Vaccination in Bombay 1924-1928 - 1924-1928
Year: 1924
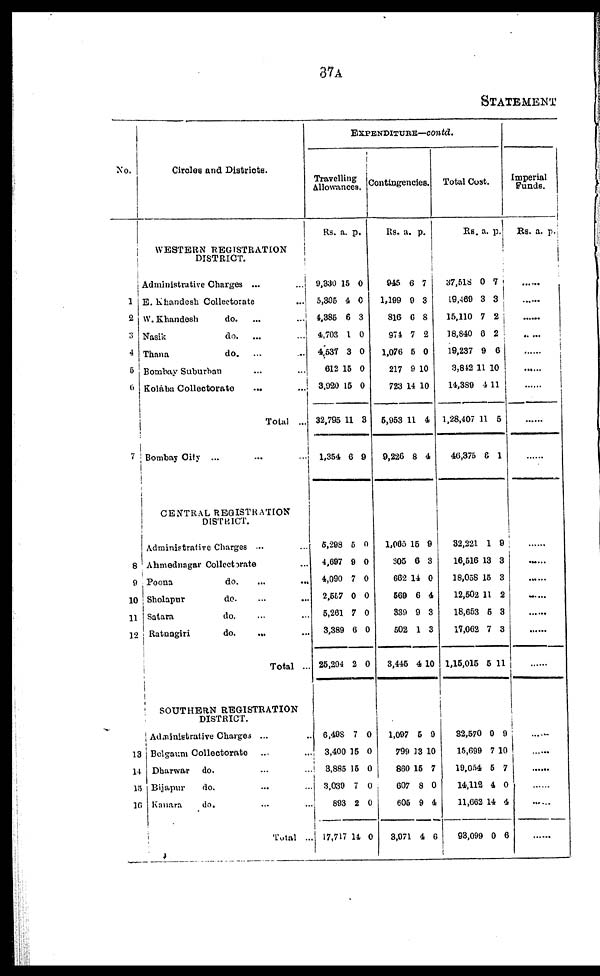
37A
STATEMENT
No.
1
2
3
4
5
7
8
9
10
11
12
13
14
15
16
Circles and Districts.
WESTERN REGISTRATION
DISTRICT.
Administrative Charges ... ...
E. Khandesh Collectorate ...
W.Khandesh
do. ... ...
Nasik
do. ... ...
Thana
do. ... ...
Bombay Suburban ... ...
Kolába Collectorate ... ...
Total ...
Bombay Cily
... ... ...
CENTRAL REGISTRATION
DISTRICT.
Administrative Charges ... ...
Ahmednagar Collectorate ...
Poona
do. ... ...
Sholapur
do. ... ...
Satara
do. ... ...
Ratnagiri
do. ... ...
Total ..
SOUTHERN REGISTRATION
DISTRICT.
Administrative Charges ...
Belgaum Collectorate ... ...
Dharwar
do. ... ...
Bijapur
do. ... ...
Kanara
do. ... ...
Total ..
EXPENDITUBE—Contd.
Travelling
Allowances.
Rs. a. p.
9,830
5,305
1,385
4,703
4,537
612
3,920
32,795
1,354
15
4
6
1
3
15
15
11
6
0
0
3
0
0
0
0
3
9
5,298
4,697
4,090
2,557
5,261
3,389
26,294
5
9
7
0
7
6
2
0
0
0
0
0
0
0
6,498
3,400
3,885
3,039
893
17,717
7
15
15
7
2
14
0
0
0
0
0
0
Contingencies.
Rs. a. p.
945
1,199
816
971
1,076
217
723
6,953
9,226
6
9
6
7
5
9
14
11
8
7
3
8
2
0
10
10
4
4
1,065
305
662
569
339
502
3,445
15
6
14
6
9
1
4
9
3
0
4
3
3
10
1,097
799
860
607
605
3,971
5
13
15
8
9
4
9
10
7
0
4
6
Total Cost.
RS. a. p.
37,518
19,469
15,110
18,840
19,237
3,812
14,389
1,28,407
46,375
0
3
7
6
9
11
4
11
6
7
3
2
2
6
10
11
6
1
32,221
16,516
18,058
12,502
18,653
17,062
1,15,015
1
13
15
11
5
7
5
9
3
3
2
3
3
11
32,570
15,699
19,054
14,112
11,662
93,099
0
7
5
4
14
0
9
10
7
0
4
6
Imperial
Funds.
Rs. a. p.
......
......
......
......
......
......
......
......
......
......
......
......
......
......
......
......
......
......
......
......